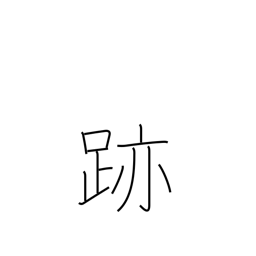
Meaning: mark